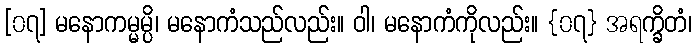
[၀၇] မနောကမ္မမ္ပိ၊ မနောကံသည်လည်း။ ဝါ၊ မနောကံကိုလည်း။ {၀၇} အရက္ခိတံ၊